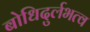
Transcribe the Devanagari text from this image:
बोधिदुर्लभत्व